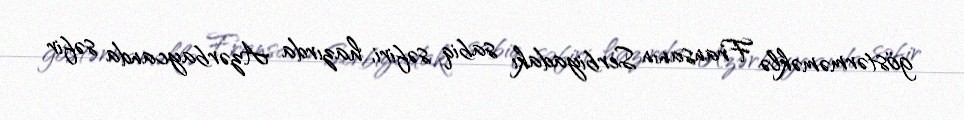
göstərməməklə Fransanın Serbiyadakı sabiq səfiri, hazırda Azərbaycanda səfir